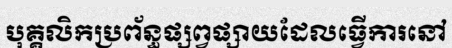
បុគ្គលិកប្រព័ន្ធផ្សព្វផ្សាយដែលធ្វើការនៅ